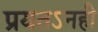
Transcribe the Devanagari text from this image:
प्रयतऽनही